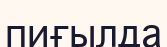
пиғылда